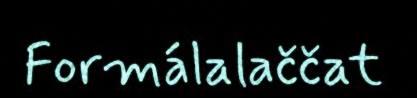
Formálalaččat